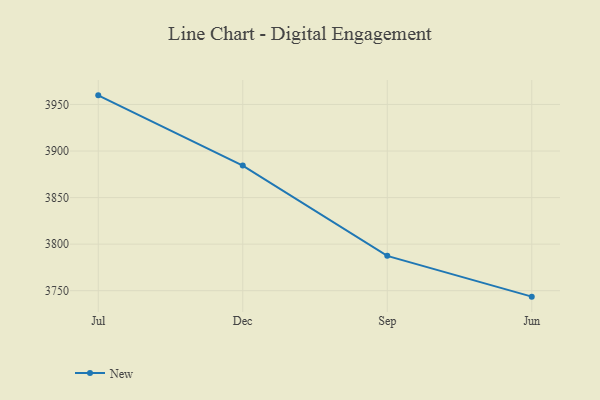
{"axis": {"x": "Month", "y": "Market Share (%)"}, "legend": ["New"], "data": [{"x": "Jul", "y": 3959.8, "type": "New"}, {"x": "Dec", "y": 3884.4, "type": "New"}, {"x": "Sep", "y": 3787.4, "type": "New"}, {"x": "Jun", "y": 3743.6, "type": "New"}]}